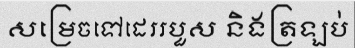
សម្រេចទៅដេររបួស និងត្រឡប់